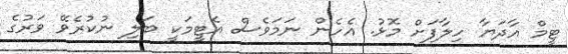
ޓީމް އާދަޔާ ހިލާފަށް މޮޅު. އެހެން ނަމަވެސް އެޓީމަކީ ބަލި ނުކުރެވޭ ވަރުގެ